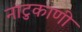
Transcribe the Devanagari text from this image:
नाटुकाणी